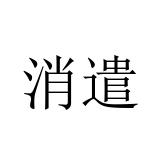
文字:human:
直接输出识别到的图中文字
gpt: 消遣